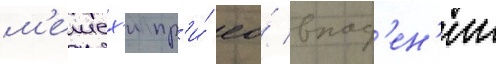
м'ешех'и пр'и́ ео́ впад'ен'ии